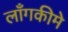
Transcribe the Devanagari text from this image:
लाँगकीमे